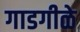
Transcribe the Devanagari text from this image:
गाडगीळे